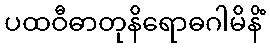
ပထဝီဓာတုနိရောဓဂါမိနိံ